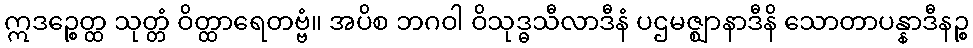
ဣဒဉ္စေတ္ထ သုတ္တံ ဝိတ္ထာရေတဗ္ဗံ။ အပိစ ဘဂဝါ ဝိသုဒ္ဓသီလာဒီနံ ပဌမဇ္ဈာနာဒီနိ သောတာပန္နာဒီနဉ္စ